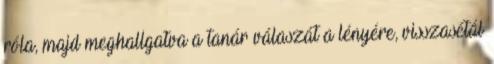
róla, majd meghallgatva a tanár válaszát a lényére, visszasétál